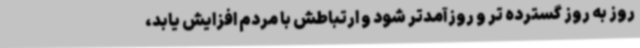
روز به روز گسترده تر و روزآمدتر شود و ارتباطش با مردم افزایش یابد،